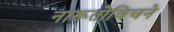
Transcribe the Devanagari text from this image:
नारूतोविचने